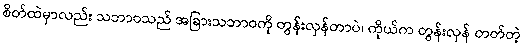
စိတ်ထဲမှာလည်း သဘာဝသည် အခြားသဘာဝကို တွန်းလှန်တာပဲ၊ ကိုယ်က တွန်းလှန် တတ်တဲ့